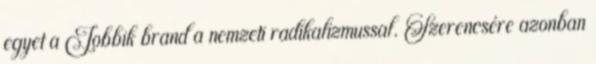
egyet a Jobbik brand a nemzeti radikalizmussal. Szerencsére azonban